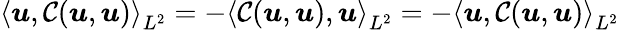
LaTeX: \left<\boldsymbol{u},\mathcal{C}(\boldsymbol{u},\boldsymbol{u})\right>_{L^{2}}=-\left<\mathcal{C}(\boldsymbol{u},\boldsymbol{u}),\boldsymbol{u}\right>_{L^{2}}=-\left<\boldsymbol{u},\mathcal{C}(\boldsymbol{u},\boldsymbol{u})\right>_{L^{2}}